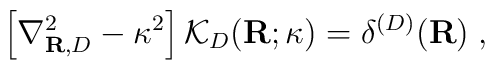
\left[ \nabla_{{\bf  R},{D}}^{2} -\kappa^{2}  \right]{\mathcal K}_{{D}}({\bf  R};\kappa)=\delta^{({D})}({\bf  R} )\; ,